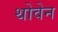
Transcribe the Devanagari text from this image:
थोवेन